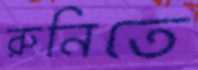
রুনিতে